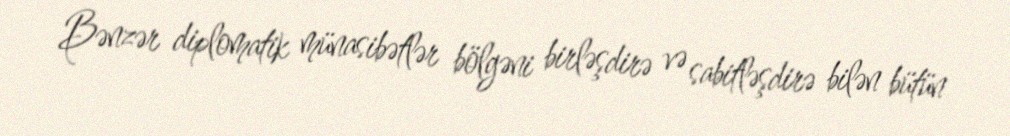
Bənzər diplomatik münasibətlər bölgəni birləşdirə və sabitləşdirə bilən bütün